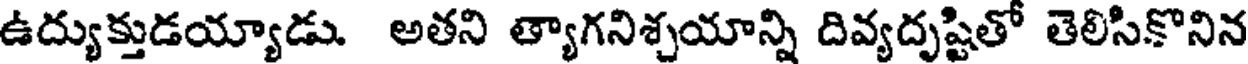
ఉద్యుక్తుడయ్యాడు. అతని త్యాగనిశ్చయాన్ని దివ్యదృష్టితో తెలిసికొనిన